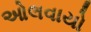
ઓલવાયો